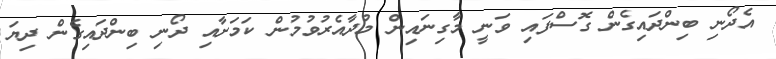
އެދޯނި ބިންދައިގެން ގޮސްފައި ވަނީ މާގިނައިން މުދާއެރުވުމުން ކަމަށާއި ދޯނި ބިންދައިގެން ދިޔަ